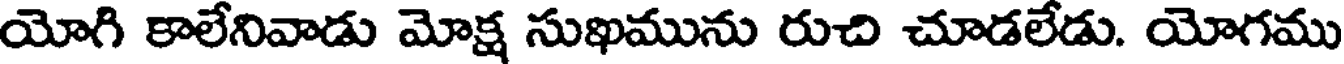
యోగి కాలేనివాడు మోక్ష సుఖమును రుచి చూడలేడు. యోగము